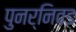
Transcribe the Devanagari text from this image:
पुनर्निवड